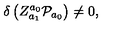
\delta \left( Z _ { a _ { 1 } } ^ { a _ { 0 } } { \cal P } _ { a _ { 0 } } \right) \neq 0 ,